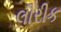
લૌરીક